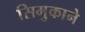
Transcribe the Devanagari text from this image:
सिमुकाने